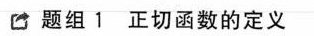
题组1正切函数的定义